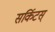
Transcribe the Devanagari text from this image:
सर्किटस्